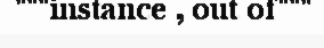
"""instance , out of"""